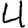
Digit: 4